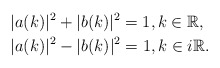
\begin{align*} &|a(k)|^2+|b(k)|^2=1, k \in \mathbb{R}, \\ &|a(k)|^2-|b(k)|^2=1, k \in i\mathbb{R}.\end{align*}